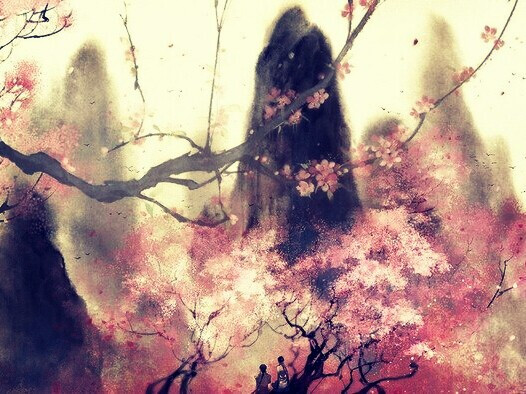
桃花洞，瑶台梦，一片春愁谁与共？